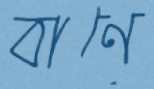
বাণে